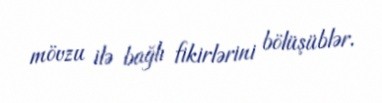
mövzu ilə bağlı fikirlərini bölüşüblər.